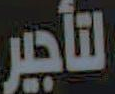
لتأجير